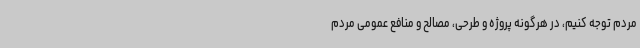
مردم توجه کنیم، در هرگونه پروژه و طرحی، مصالح و منافع عمومی مردم